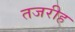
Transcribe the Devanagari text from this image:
तजरीह